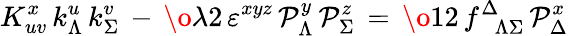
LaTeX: K_{uv}^{x}\, k_{\Lambda}^{u}\, k_{\Sigma}^{v}\, -\, {\o{\lambda}{2}}\, \varepsilon^{xyz}\, {\cal P}_{\Lambda}^{y}\, {\cal P}_{\Sigma}^{z}\, =\, {\o{1}{2}}\, f_{\phantom{\Delta}\Lambda\Sigma}^{\Delta}\, {\cal P}_{\Delta}^{x}